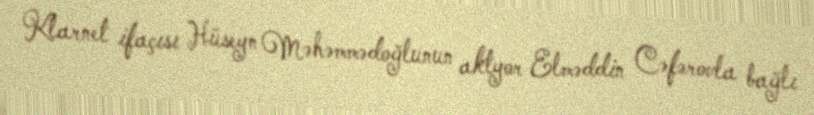
Klarnet ifaçısı Hüseyn Məhəmmədoğlunun aktyor Elməddin Cəfərovla bağlı